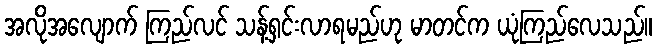
အလိုအလျောက် ကြည်လင် သန့်ရှင်းလာရမည်ဟု မာတင်က ယုံကြည်လေသည်။